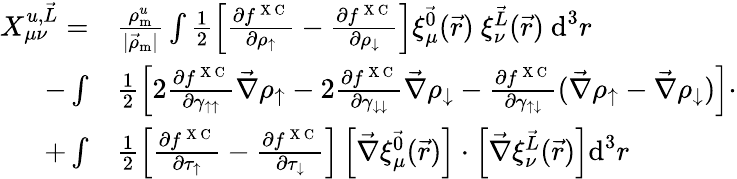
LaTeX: \begin{array}{rl}{X_{\mu\nu}^{u,\vec{L}}=}&{{}\frac{\rho_{\textrm{m}}^{u}}{|\vec{\rho}_{\textrm{m}}|}\int\frac{1}{2}\left[\frac{\partial f^{\mathrm{~X~C~}}}{\partial\rho_{\uparrow}}-\frac{\partial f^{\mathrm{~X~C~}}}{\partial\rho_{\downarrow}}\right]\xi_{\mu}^{\vec{0}}(\vec{r})~\xi_{\nu}^{\vec{L}}(\vec{r})~\textrm{d}^{3}r}\\ {-\int}&{{}\frac{1}{2}\left[2\frac{\partial f^{\mathrm{~X~C~}}}{\partial\gamma_{\uparrow\uparrow}}\vec{\nabla}\rho_{\uparrow}-2\frac{\partial f^{\mathrm{~X~C~}}}{\partial\gamma_{\downarrow\downarrow}}\vec{\nabla}\rho_{\downarrow}-\frac{\partial f^{\mathrm{~X~C~}}}{\partial\gamma_{\uparrow\downarrow}}(\vec{\nabla}\rho_{\uparrow}-\vec{\nabla}\rho_{\downarrow})\right]\cdot}\\ {+\int}&{{}\frac{1}{2}\left[\frac{\partial f^{\mathrm{~X~C~}}}{\partial\tau_{\uparrow}}-\frac{\partial f^{\mathrm{~X~C~}}}{\partial\tau_{\downarrow}}\right]\left[\vec{\nabla}\xi_{\mu}^{\vec{0}}(\vec{r})\right]\cdot\left[\vec{\nabla}\xi_{\nu}^{\vec{L}}(\vec{r})\right]\textrm{d}^{3}r}\end{array}